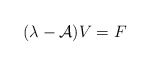
\begin{align*}(\lambda - \mathcal{A}) V = F \end{align*}